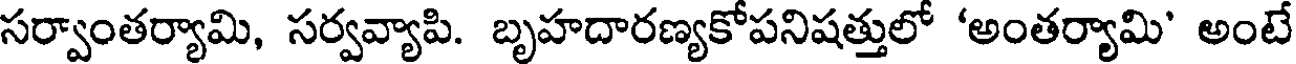
సర్వాంతర్యామి, సర్వవ్యాపి. బృహదారణ్యకోపనిషత్తులో 'అంతర్యామి' అంటే